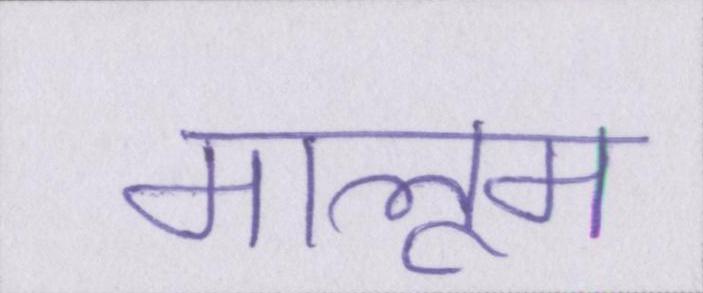
मालूम